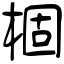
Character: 棝